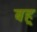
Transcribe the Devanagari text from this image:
बह्